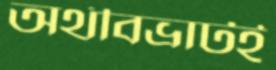
অর্থবিভ্রাটই